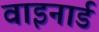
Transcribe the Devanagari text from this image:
वाइनार्ड